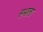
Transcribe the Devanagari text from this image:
सभाला